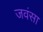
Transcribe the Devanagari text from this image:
जवंसा